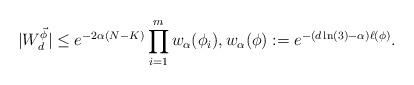
LaTeX: \begin{align*}|W_d^{\vec{\phi}}| & \leq e^{ - 2\alpha(N-K)} \prod_{i=1}^m w_\alpha (\phi_i), w_\alpha(\phi) := e^{ -(d\ln(3)-\alpha) \ell(\phi)}.\end{align*}